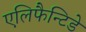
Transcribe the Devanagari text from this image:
एलिफैन्टिडे